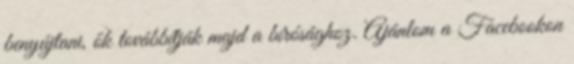
benyújtani, ők továbbítják majd a bírósághoz. Ajánlom a Facebookon